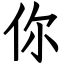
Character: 你